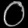
Digit: ၀